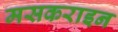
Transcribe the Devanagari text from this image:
मसकराइन